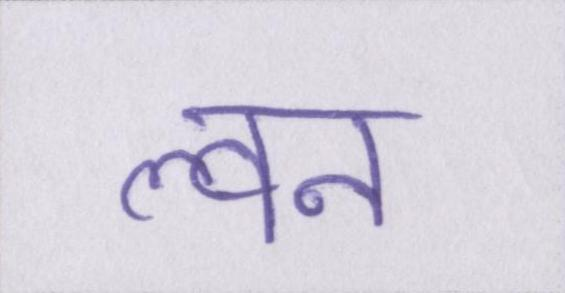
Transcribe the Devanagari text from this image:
ल्वन